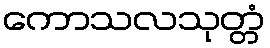
ကောသလသုတ္တံ